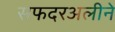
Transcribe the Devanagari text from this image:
सफदरअलीने